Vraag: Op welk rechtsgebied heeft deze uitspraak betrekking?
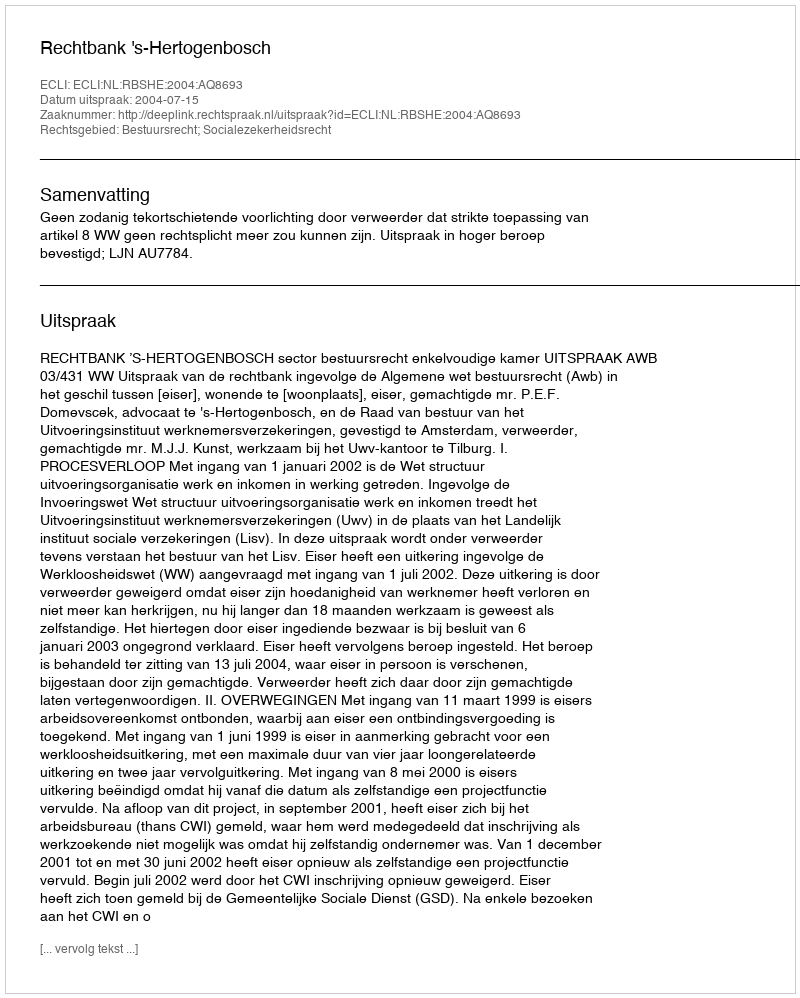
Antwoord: Bestuursrecht; Socialezekerheidsrecht